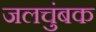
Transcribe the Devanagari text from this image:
जलचुंबक